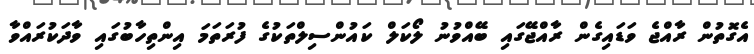
އެގޮތުން ރާއްޖެ ވަޑައިގެން ރާއްޖޭގައި ބޭއްވުނު ލޯކަލް ކައުންސިލްތަކުގެ ފުރަތަމަ އިންތިހާބުގައި ވާދަކުރައްވާ